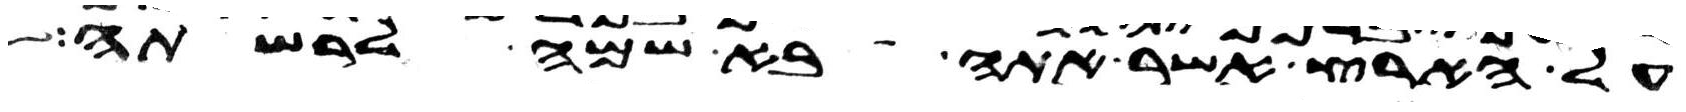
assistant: על הארץ אשר אתה בא שמה לרשתה